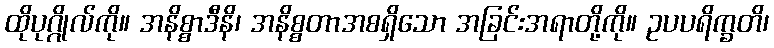
ထိုပုဂ္ဂိုလ်ကို။ အနိစ္စာဒီနိ၊ အနိစ္စတာအစရှိသော အခြင်းအရာတို့ကို။ ဥပပရိက္ခတိ၊